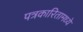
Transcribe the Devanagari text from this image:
पत्रकारितामध्ये